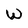
Character: W